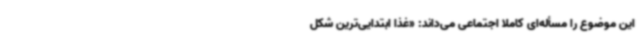
این موضوع را مسأله‌ای کاملاً اجتماعی می‌داند: «غذا ابتدایی‌ترین شکل